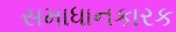
સમાધાનકારક